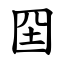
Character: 囶